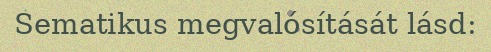
Sematikus megvalósítását lásd: